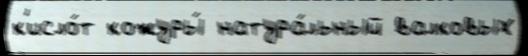
к'исло́т кожуры́ натура́льный валковых